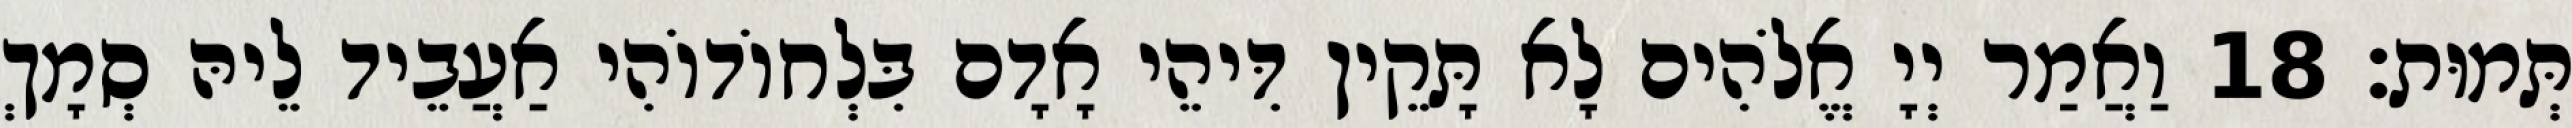
תְּמוּת׃ 18 וַאֲמַר יְיָ אֱלֹהִים לָא תָּקֵין דִּיהֵי אָדָם בִּלְחוֹדוֹהִי אַעֲבֵיד לֵיהּ סְמָךְ